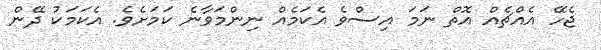
ޖެހޭ އެއްޗެއް އޮތް ނަމަ އިސްވެ އެކަމެއް ނިންމަވާނެ ކަމަށެވެ. އެކަމަކު ދޭން